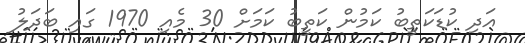
އަދި ކުޑަކަތީބު ކަމުން ކަތީބު ކަމަށް 30 މެއި 1970 ގައި ބަދަލު